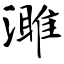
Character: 濉